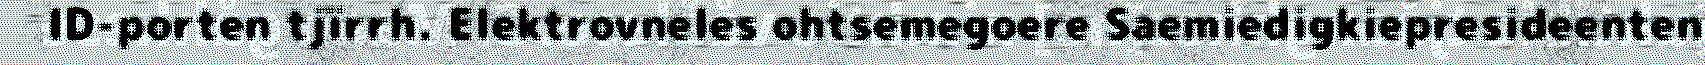
ID-porten tjïrrh. Elektrovneles ohtsemegoere Saemiedigkiepresideenten